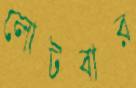
লোটবার